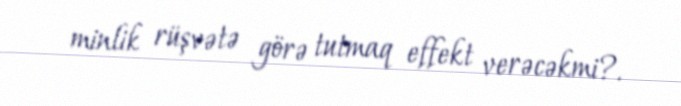
minlik rüşvətə görə tutmaq effekt verəcəkmi?.